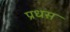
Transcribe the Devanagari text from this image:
प्रधस